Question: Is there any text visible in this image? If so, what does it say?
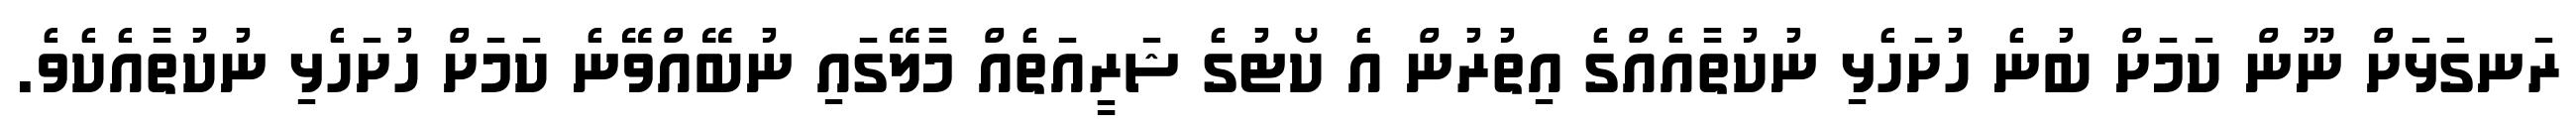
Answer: ރަނގަޅަށް ނޫން ކަމަށް ބުނެ ހުށަހެޅި ނުކުތާއެއްގެ އިތުރުން އެ ކޯޓުގެ ޝަރީއަތެއް މާލޭގައި ނުބޭއްވޭނެ ކަމަށް ހުށަހެޅި ނުކުތާއެކެވެ.